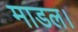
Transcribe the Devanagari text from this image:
माडल।